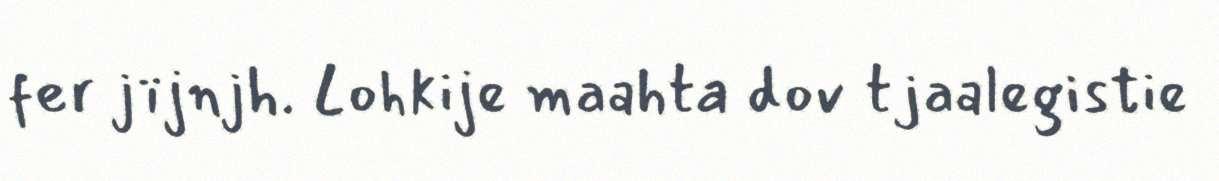
fer jïjnjh. Lohkije maahta dov tjaalegistie